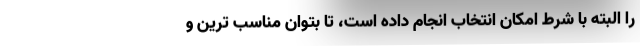
را البته با شرط امکان انتخاب انجام داده است، تا بتوان مناسب ترین و